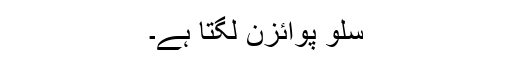
سلو پوائزن لگتا ہے۔